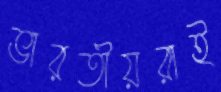
ভারতীয়রাই